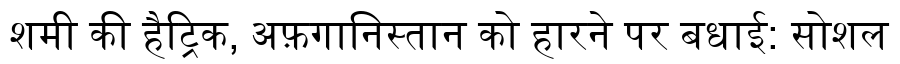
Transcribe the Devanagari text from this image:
शमी की हैट्रिक, अफ़गानिस्तान को हारने पर बधाई: सोशल